Report on lock hospitals in British Burma
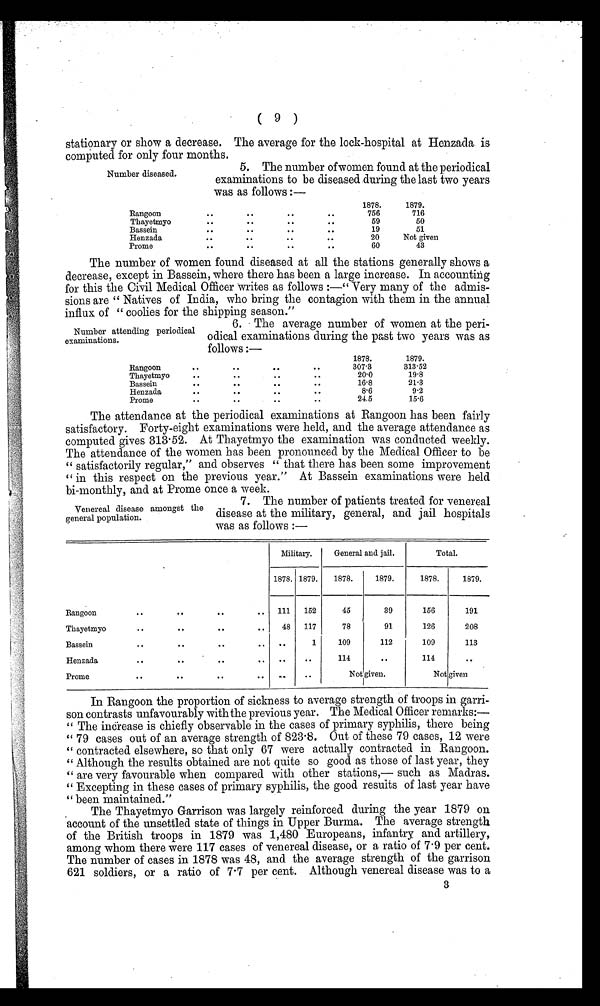
( 9 )
stationary or show a decrease. The average for the lock-hospital at Henzada. is
computed for only four months.
Number diseased.
5. The number of women found at the periodical
examinations to be diseased during the last two years
was as follows :—
1878.
1879.
Rangoon
.. ..
..
..
756
716
Thayetmyo
.. ..
..
..
59
50
Bassein
.. ..
..
..
19
51
Henzada..
..
..
20
Not given
Prome
.. ..
..
60
43
The number of women found diseased at all the stations generally shows a
decrease, except in Bassein, where there has been a large increase. In accounting
for this the Civil Medical Officer writes as follows :—" Very many of the admis-
sions are " Natives of India, who bring the contagion with them in the annual
influx of " coolies for the shipping season."
Number attending periodical
examinations.
6. The average number of women at the peri-
odical examinations during the past two years was as
follows :—
1878.
1879.
Rangoon
.. ..
..
..
307·3
313·52
Thayetmyo
.. ..
..
. .
20·0
19·8
Bassein
.. ..
..
..
16·8
21·3
Henzada
.. ..
..
..
8·6
9·2
Prome
.. ..
..
..
24·5
15·6
The attendance at the periodical examinations at Rangoon has been fairly
satisfactory. Forty-eight examinations were held, and the average attendance as
computed gives 313· 5 2 . A t T h a y e t m y o t h e e x a m i n a t i o n w a s c o n d u c t e d w e e k l y .
The attendance of the women has been pronounced by the Medical Officer to be
satisfactorily regular," and observes " that there has been some improvement
in this respect on the previous year." At Bassein examinations were held
bi-monthly, and at Prome once a week.
Venereal disease amongst the
general population.
7. The number of patients treated for venereal
disease at the military, general, and jail hospitals
was as follows :—
Military.
General and jail.
Total.
1878. 1879.
1878.
1879.
1878.
1879.
Rangoon
..
..
.. ..
111
152
45
39
156
191
Thayetmyo
..
. . . . . .
48
117
78
91
126
208
Bassein
.. ..
..
• •
. .
1
109
112
109
113
..
Henzada
..
• •
..
. .
..
114
. .
114
. .
P r o m e . . . . . . . .
. .
..
Not given.
Not given
In Rangoon the proportion of sickness to average strength of troops in garri-
son contrasts unfavourably with the previous year. The Medical Officer remarks:—
The increase is chiefly observable in the cases of primary syphilis, there being
" 79 cases out of an average strength of 823 . 8. Out of these 79 cases, 12 were
" contracted elsewhere, so that only 67 were actually contracted in Rangoon.
" Although the results obtained are not quite so good as those of last year, they
" are very favourable when compared with other stations,— such as Madras.
" Excepting in these cases of primary syphilis, the good results of last year have
" been maintained."
The Thayetmyo Garrison was largely reinforced during the year 1879 on
account of the unsettled state of things in Upper Burma. The average strength
of the British troops in 1879 was 1,480 Europeans, infantry, and artillery,
among whom there were 117 cases of venereal disease, or a ratio of 7 . 9 per cent.
The number of cases in 1878 was 48, and the average strength of the garrison
621 soldiers, or a ratio of 7 . 7 per cent. Although venereal disease was to a
3